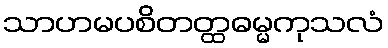
သာဟမပစိတတ္ထဓမ္မကုသလံ